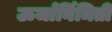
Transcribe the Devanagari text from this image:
ऊर्जार्निमिती